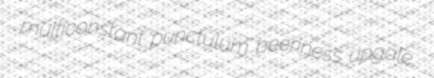
multiconstant punctulum beeriness upgale